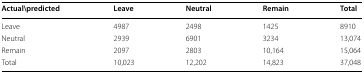
<table><thead><tr><td><b>Actual\predicted</b></td><td><b>Leave</b></td><td><b>Neutral</b></td><td><b>Remain</b></td><td><b>Total</b></td></tr></thead><tbody><tr><td>Leave</td><td>4987</td><td>2498</td><td>1425</td><td>8910</td></tr><tr><td>Neutral</td><td>2939</td><td>6901</td><td>3234</td><td>13,074</td></tr><tr><td>Remain</td><td>2097</td><td>2803</td><td>10,164</td><td>15,064</td></tr><tr><td>Total</td><td>10,023</td><td>12,202</td><td>14,823</td><td>37,048</td></tr></tbody></table>